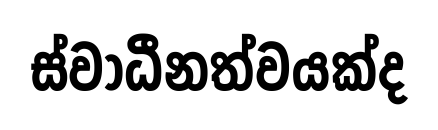
ස්වාධීනත්වයක්ද